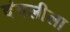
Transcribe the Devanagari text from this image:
दंगलीला